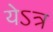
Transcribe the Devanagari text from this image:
येऽत्र